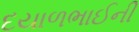
દયાળભાઈની